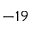
- 1 9